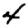
Digit: 4